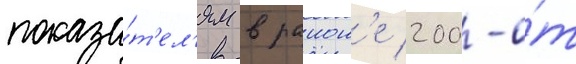
показа́т'ел'ям в раион'е 200-о́т